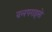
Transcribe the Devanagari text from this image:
वलपराइसो